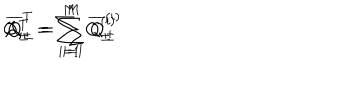
Q _ { \pm } ^ { T } = \sum _ { i = 1 } ^ { M } Q _ { \pm } ^ { ( i ) } \hspace { 6 m m } , \hspace { 6 m m } \overline { { { Q } } } _ { \pm } ^ { T } = \sum _ { i = 1 } ^ { M } \overline { { { Q } } } _ { \pm } ^ { ( i ) }